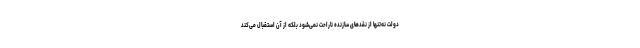
دولت نه‌تنها از نقدهای سازنده ناراحت نمی‌شود بلکه از آن استقبال می‌کند